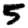
Digit: 5